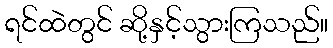
ရင်ထဲတွင် ဆို့နှင့်သွားကြသည်။